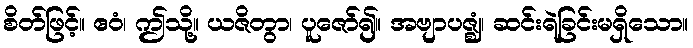
စိတ်ဖြင့်။ ဧဝံ၊ ဤသို့။ ယဇိတွာ၊ ပူဇော်၍။ အဗျာပဇ္ဈံ၊ ဆင်းရဲခြင်းမရှိသော။